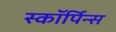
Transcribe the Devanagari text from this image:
स्कॉर्पिन्स